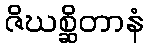
ဇိဃစ္ဆိတာနံ